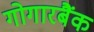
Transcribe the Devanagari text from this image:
गोगारबैंक